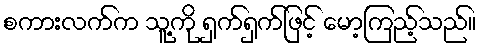
စကားလက်က သူ့ကို ရှက်ရှက်ဖြင့် မော့ကြည့်သည်။